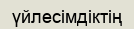
үйлесімдіктің